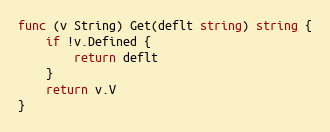
Language: Go
func (v String) Get(deflt string) string {
	if !v.Defined {
		return deflt
	}
	return v.V
}